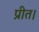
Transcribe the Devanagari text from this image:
प्रीत।